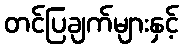
တင်ပြချက်များနှင့်